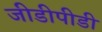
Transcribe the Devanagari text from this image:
जीडीपीडी